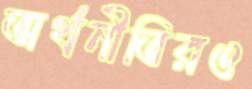
অর্থনীতিরও